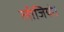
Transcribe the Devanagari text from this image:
लीजियो।